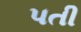
પતી